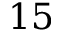
1 5